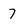
Character: 7